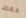
فقط